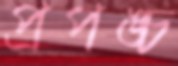
প্রপঙ্চ